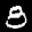
Label: 8